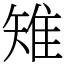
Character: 雉